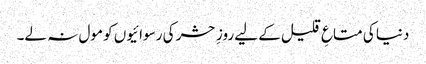
دنیا کی متاعِ قلیل کے لیے روزِ حشر کی رسوائیوں کو مول نہ لے۔